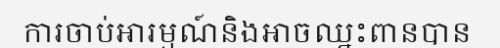
ការចាប់អារម្មណ៍និងអាចឈ្នះពានបាន